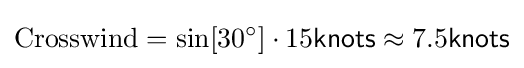
{\text{Crosswind}}=\sin[30^{\circ }]\cdot 15{\mathsf {knots}}\approx 7.5{\mathsf {knots}}